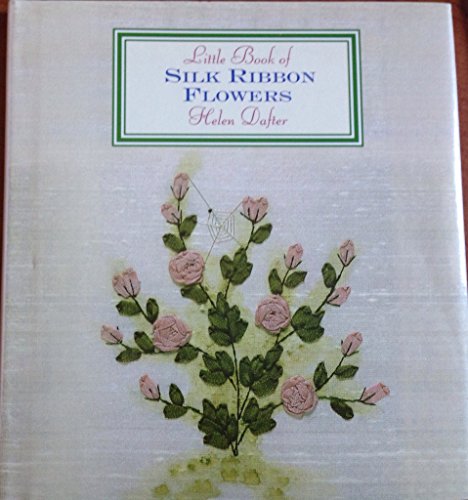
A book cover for Little Book of Silk Ribbon Flowers (Little Book Craft); Helen Dafter; Crafts, Hobbies & Home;